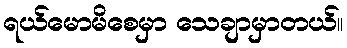
ရယ်မောမိစေမှာ သေချာမှာတယ်။